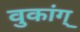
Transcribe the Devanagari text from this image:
वुकांग्